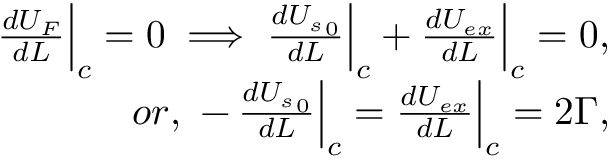
\begin{array} { r } { \frac { d U _ { F } } { d L } \Big | _ { c } = 0 \implies \frac { d { U _ { s } } _ { 0 } } { d L } \Big | _ { c } + \frac { d U _ { e x } } { d L } \Big | _ { c } = 0 , } \\ { o r , ~ - \, \frac { d { U _ { s } } _ { 0 } } { d L } \Big | _ { c } = \frac { d U _ { e x } } { d L } \Big | _ { c } = 2 \Gamma , } \end{array}